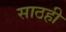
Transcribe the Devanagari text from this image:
साठही